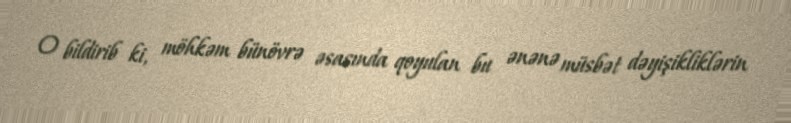
O bildirib ki, möhkəm bünövrə əsasında qoyulan bu ənənə müsbət dəyişikliklərin